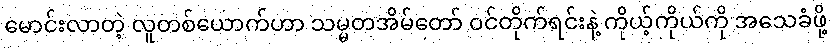
မောင်းလာတဲ့ လူတစ်ယောက်ဟာ သမ္မတအိမ်တော် ဝင်တိုက်ရင်းနဲ့ ကိုယ့်ကိုယ်ကို အသေခံဖို့